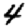
Digit: 4